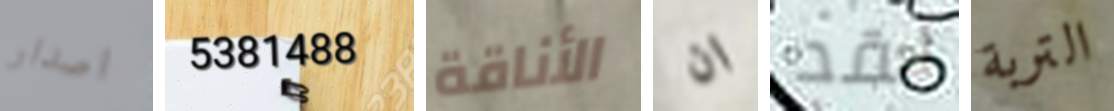
اصدار 5381488 الأناقة ان لقد التربة